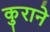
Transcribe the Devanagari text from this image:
कुराने